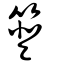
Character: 簦